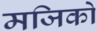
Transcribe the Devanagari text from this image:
मजिको